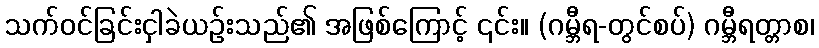
သက်ဝင်ခြင်းငှါခဲယဉ်းသည်၏ အဖြစ်ကြောင့် ၎င်း။ (ဂမ္ဘီရ-တွင်စပ်) ဂမ္ဘီရတ္တာစ၊